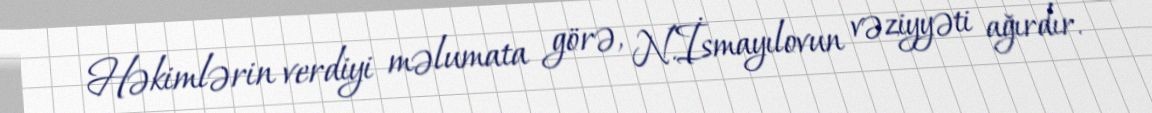
Həkimlərin verdiyi məlumata görə, N.İsmayılovun vəziyyəti ağırdır.